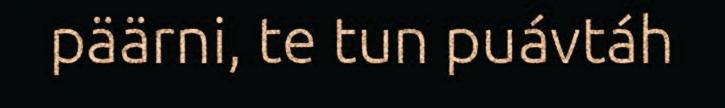
päärni, te tun puávtáh